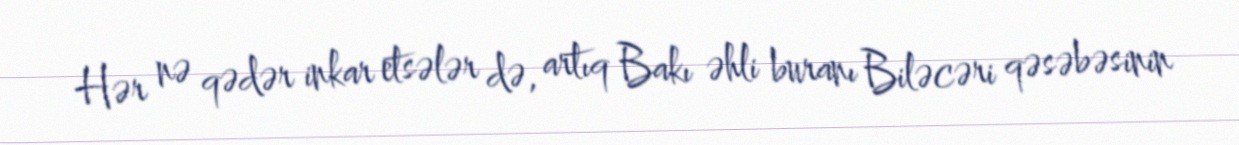
Hər nə qədər inkar etsələr də, artıq Bakı əhli buranı Biləcəri qəsəbəsinin